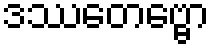
ဒဿေတဗ္ဗော